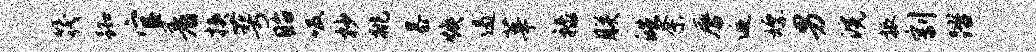
筏踟官着挟萼眙吸杪挑暴焕遏莘禄朕皓奈唇逅嫖男浣振割踏